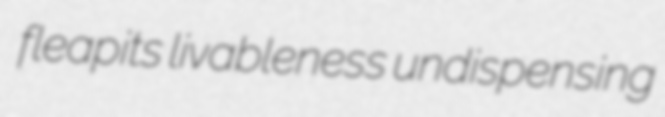
fleapits livableness undispensing